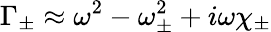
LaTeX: \Gamma_{\pm}\approx\omega^{2}-\omega_{\pm}^{2}+i\omega\chi_{\pm}